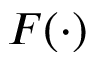
F ( \cdot )